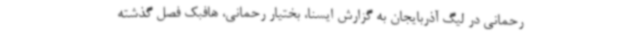
رحمانی در لیگ آذربایجان به گزارش ایسنا، بختیار رحمانی، هافبک فصل گذشته